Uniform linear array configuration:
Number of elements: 24
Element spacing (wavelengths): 0.75
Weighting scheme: cosine
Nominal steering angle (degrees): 45
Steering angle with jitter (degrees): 46.969
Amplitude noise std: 0.05
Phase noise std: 0.05

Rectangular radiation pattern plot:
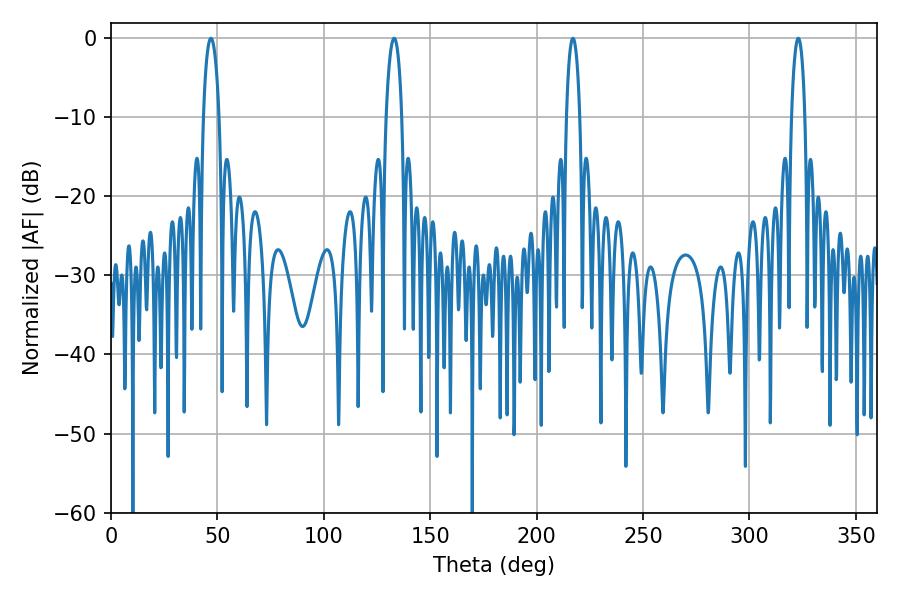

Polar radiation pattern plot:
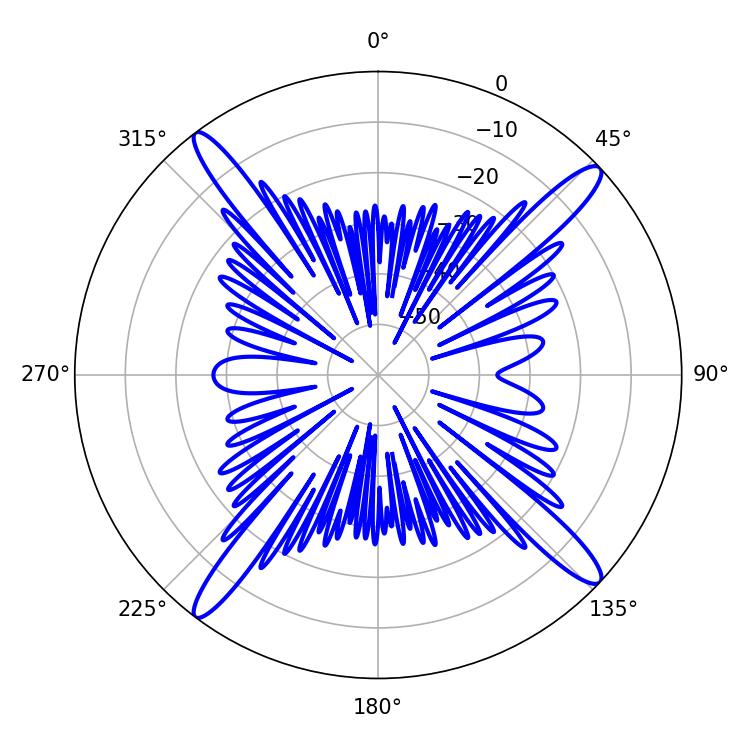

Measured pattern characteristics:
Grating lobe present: TRUE
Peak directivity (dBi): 17.53
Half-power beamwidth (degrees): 4.14
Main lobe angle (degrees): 46.98